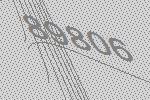
89806